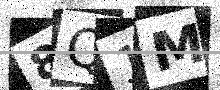
Text: 8Q1M